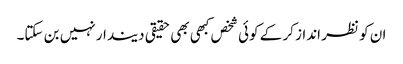
ان کو نظر انداز کر کے کوئی شخص کبھی بھی حقیقی دیندار نہیں بن سکتا۔